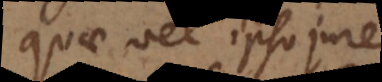
quae vel ipso jure